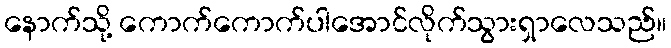
နောက်သို့ ကောက်ကောက်ပါအောင်လိုက်သွားရှာလေသည်။